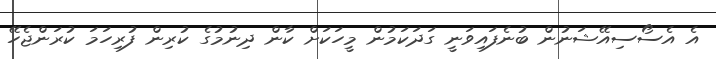
އެ އެސޯސިއޭޝަނުން ބުނެފައިވަނީ ގަދަކަމުން މީހަކަށް ކާން ދިނުމުގެ ކުރިން ފުރިހަމަ ކުރަންޖެހޭ